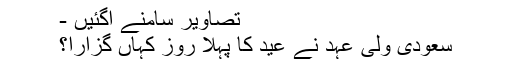
تصاویر سامنے آگئیں -
سعودی ولی عہد نے عید کا پہلا روز کہاں گزارا؟